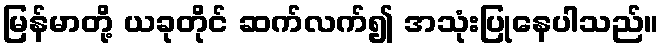
မြန်မာတို့ ယခုတိုင် ဆက်လက်၍ အသုံးပြုနေပါသည်။